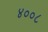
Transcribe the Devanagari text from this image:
४००८